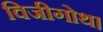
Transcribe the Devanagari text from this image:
विजीगोथ।